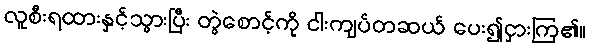
လူစီးရထားနှင့်သွားပြီး တွဲစောင့်ကို ငါးကျပ်တဆယ် ပေး၍ငှားကြ၏။